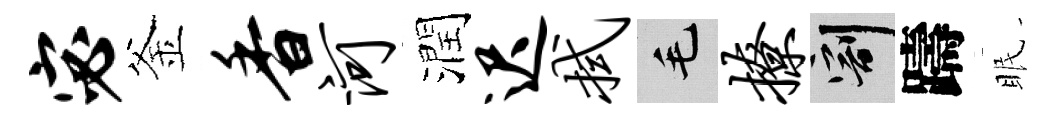
宓釜香河潤迟拭毛撩割躊眠